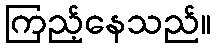
ကြည့်နေသည်။